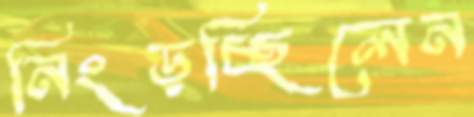
নিংড়চ্ছিলেন